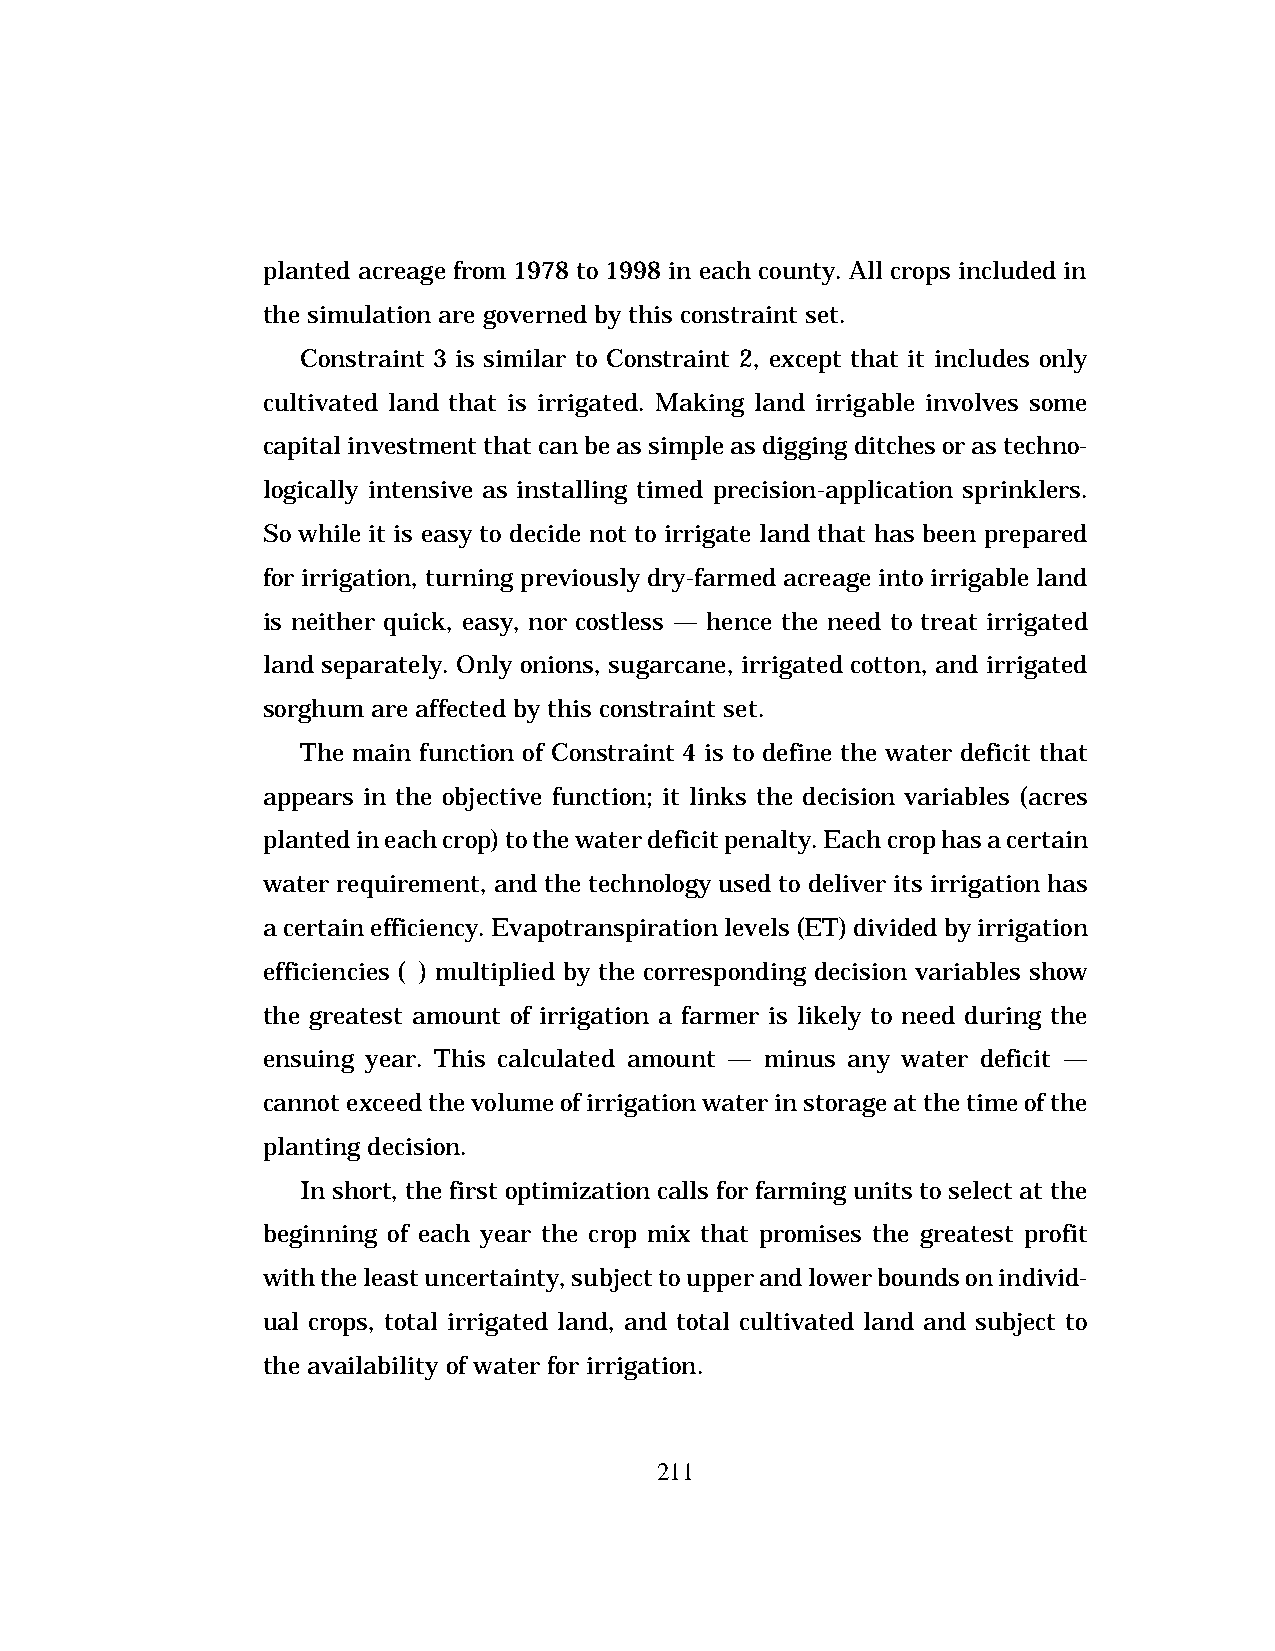
planted acreage from 1978 to 1998 in each county. All crops included in
 the simulation are governed by this constraint set.
 Constraint 3 is similar to Constraint 2, except that it includes only
 cultivated land that is irrigated. Making land irrigable involves some
 capital investment that can be as simple as digging ditches or as techno-
 logically intensive as installing timed precision-application sprinklers.
 So while it is easy to decide not to irrigate land that has been prepared
 for irrigation, turning previously dry-farmed acreage into irrigable land
 is neither quick, easy, nor costless — hence the need to treat irrigated
 land separately. Only onions, sugarcane, irrigated cotton, and irrigated
 sorghum are affected by this constraint set.
 The main function of Constraint 4 is to define the water deficit that
 appears in the objective function; it links the decision variables (acres
 planted in each crop) to the water deficit penalty. Each crop has a certain
 water requirement, and the technology used to deliver its irrigation has
 a certain efficiency. Evapotranspiration levels (ET) divided by irrigation
 efficiencies (f ) multiplied by the corresponding decision variables show
 the greatest amount of irrigation a farmer is likely to need during the
 ensuing year. This calculated amount — minus any water deficit —
 cannot exceed the volume of irrigation water in storage at the time of the
 planting decision.
 In short, the first optimization calls for farming units to select at the
 beginning of each year the crop mix that promises the greatest profit
 with the least uncertainty, subject to upper and lower bounds on individ-
 ual crops, total irrigated land, and total cultivated land and subject to
 the availability of water for irrigation.
 211